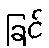
ခြင်